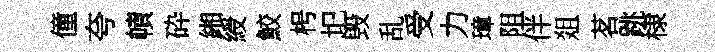
僮夸幘砕緗綬鮫枵圯毁乱受力璋阻伴爼茗跳棣